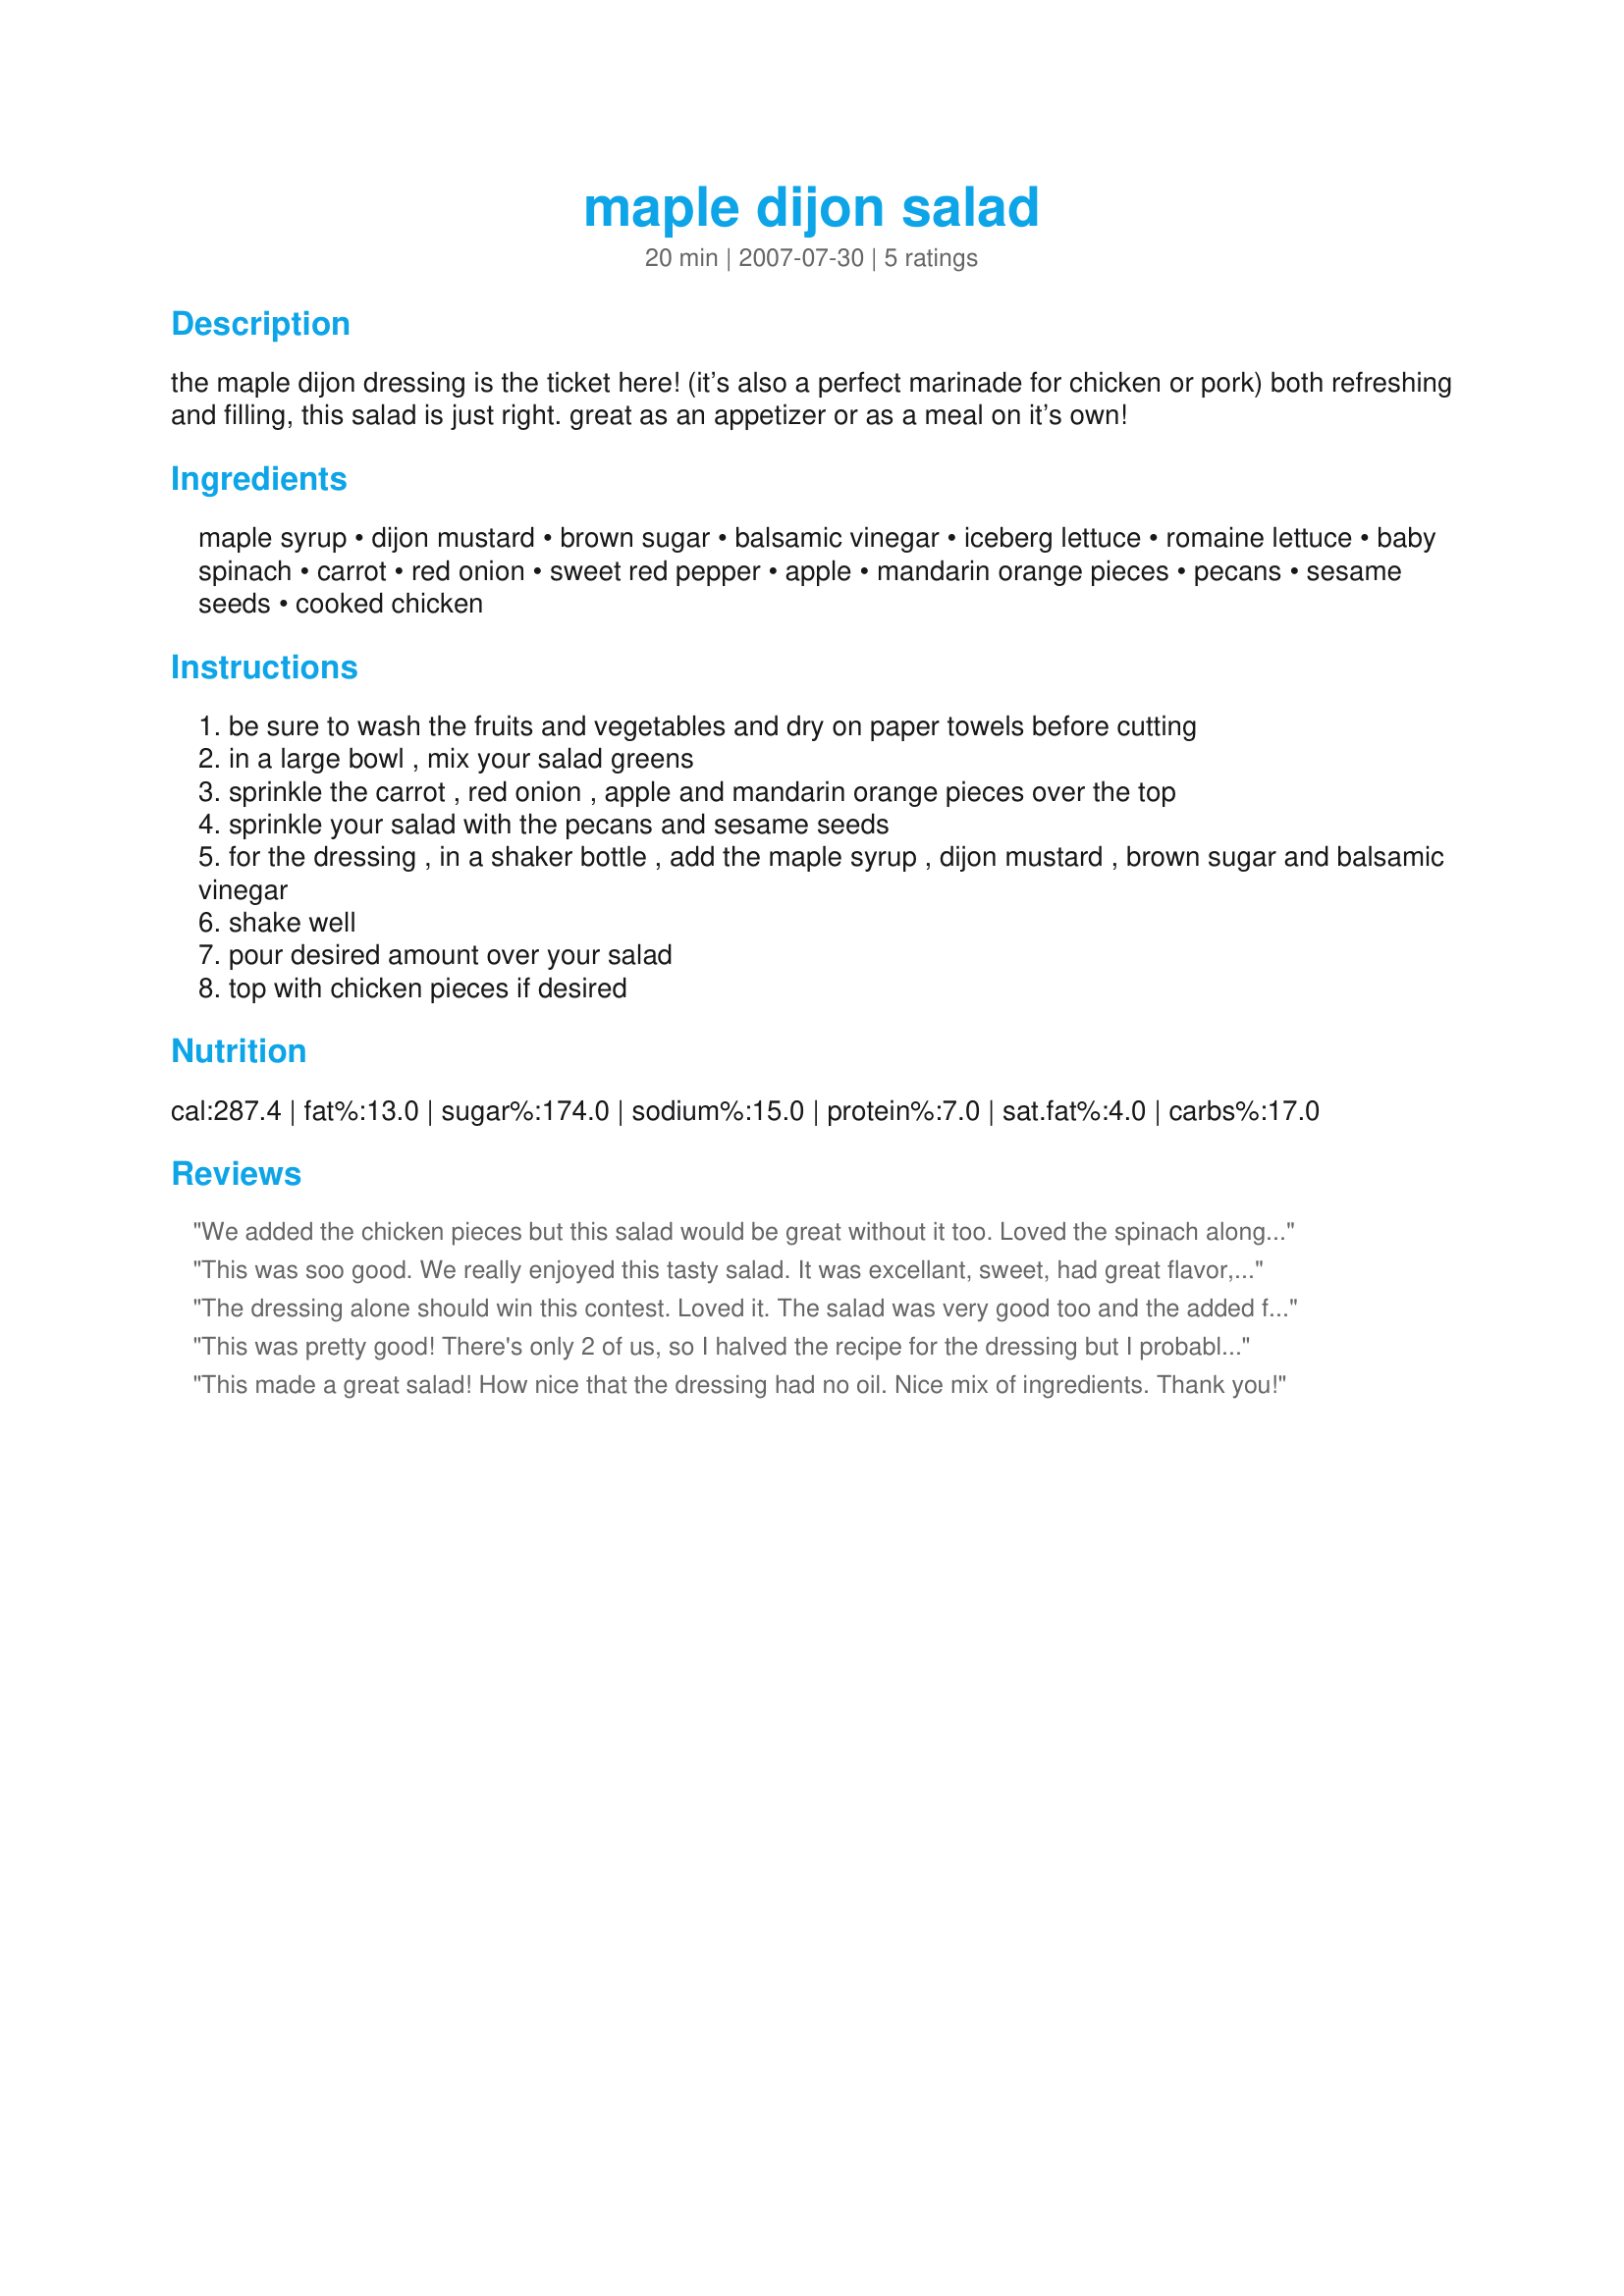
maple dijon salad
Preparation time: 20 minutes

the maple dijon dressing is the ticket here! (it’s also a perfect marinade for chicken or pork) both refreshing and filling, this salad is just right. great as an appetizer or as a meal on it’s own!

Ingredients:
maple syrup, dijon mustard, brown sugar, balsamic vinegar, iceberg lettuce, romaine lettuce, baby spinach, carrot, red onion, sweet red pepper, apple, mandarin orange pieces, pecans, sesame seeds, cooked chicken

Steps:
be sure to wash the fruits and vegetables and dry on paper towels before cutting
in a large bowl , mix your salad greens
sprinkle the carrot , red onion , apple and mandarin orange pieces over the top
sprinkle your salad with the pecans and sesame seeds
for the dressing , in a shaker bottle , add the maple syrup , dijon mustard , brown sugar and balsamic vinegar
shake well
pour desired amount over your salad
top with chicken pieces if desired

Reviews:
We added the chicken pieces but this salad would be great without it too. Loved the spinach along with the iceburg and romaine lettuce, mandarin oranges are my very favorite, the vegetables went well with the fruit and the addition of the pecans and sesame seeds. The salad dressing was perfect! A very good salad that we will definitely be making again. Thank you Chef and good luck.
This was soo good. We really enjoyed this tasty salad. It was excellant, sweet, had great flavor, lovely contrast in taste and texture and the dressing was amazing. We especially loved the addition of the toasted sesame seeds. I didn't add the chicken, as we had this as a side dish, it worked perfectly. The use of contest ingredients was excellant good luck in the contest.
The dressing alone should win this contest. Loved it. The salad was very good too and the added fruit combination was right on for us. Loved this salad. Left off the chicken since I was serving it as a side dish to another RSC recipe. This could easily be a meal in itself with the added chicken. Good luck. You have my 5 star.
This was pretty good! There's only 2 of us, so I halved the recipe for the dressing but I probably should have fourthed it. We had about 1/2 cup left over. The dijon makes it a little spicy almost...but good. I didn't have red onions, so I used green onions, but I think I wouldn't do that again...the flavor of the onions didn't mix well with the dressing in my opinion.
This made a great salad! How nice that the dressing had no oil. Nice mix of ingredients. Thank you!
